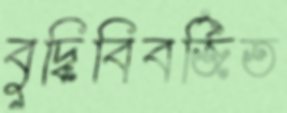
বুদ্ধিবিবর্জিত